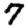
Digit: 7